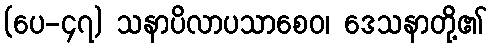
(ပေ-၄၇) သနာပိလာပသာစေဝ၊ ဒေသနာတို့၏